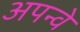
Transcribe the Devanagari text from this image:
अपन्वे